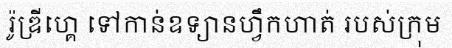
រ៉ូឌ្រីហ្គេ ទៅកាន់ឧទ្យានហ្វឹកហាត់ របស់ក្រុម